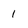
Character: 1